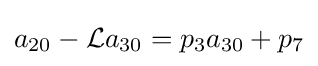
a_{20}-{\mathcal {L}}a_{30}=p_{3}a_{30}+p_{7}